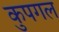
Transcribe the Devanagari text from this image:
कुपगल